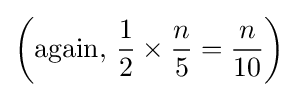
\left({\text{again, }}{\frac {1}{2}}\times {\frac {n}{5}}={\frac {n}{10}}\right)